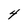
Character: 4